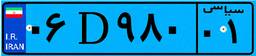
۰۶D۹۸۰۰۱